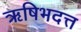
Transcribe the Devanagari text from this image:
ऋषिभदत्त